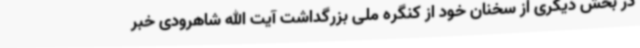
در بخش دیگری از سخنان خود از کنگره ملی بزرگداشت آیت الله شاهرودی خبر